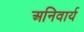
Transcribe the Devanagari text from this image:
अनिवार्य